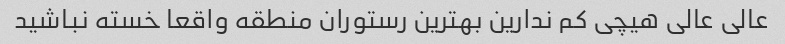
عالی عالی هیچی کم ندارین بهترین رستوران منطقه واقعا خسته نباشید